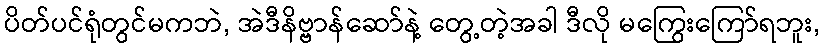
ပိတ်ပင်ရုံတွင်မကဘဲ, အဲဒီနိဗ္ဗာန်ဆော်နဲ့ တွေ့တဲ့အခါ ဒီလို မကြွေးကြော်ရဘူး,